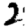
Digit: 2